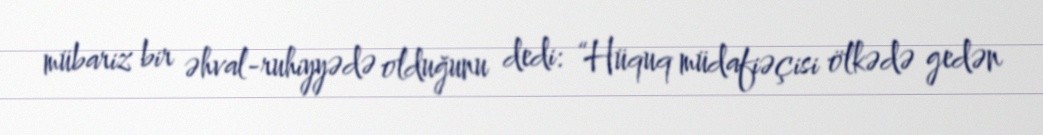
mübariz bir əhval-ruhiyyədə olduğunu dedi: “Hüquq müdafiəçisi ölkədə gedən